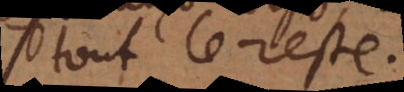
tout le reste.